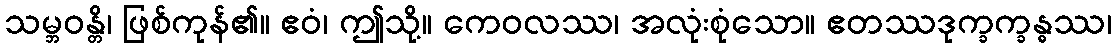
သမ္ဘဝန္တိ၊ ဖြစ်ကုန်၏။ ဧဝံ၊ ဤသို့။ ကေဝလဿ၊ အလုံးစုံသော။ ဧတဿဒုက္ခက္ခန္ဓဿ၊